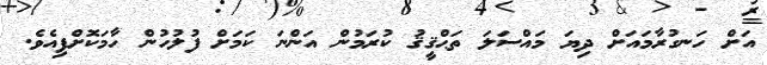
އަށް ހަނގުރާމައަށް ދިޔަ މައްސަލަ ތަޙްޤީޤު ކުރަމުން އަންނަ ކަމަށް ފުލުހުން ހާމަކޮށްފިއެވެ.